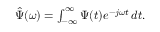
\begin{array} { r } { \hat { \Psi } ( \omega ) = \int _ { - \infty } ^ { \infty } \Psi ( t ) e ^ { - j \omega t } \, d t . } \end{array}